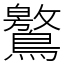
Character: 鸄